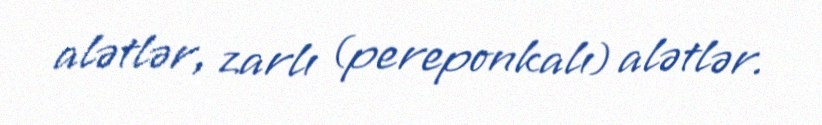
alətlər, zarlı (pereponkalı) alətlər.